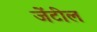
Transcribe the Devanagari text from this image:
जेंटील